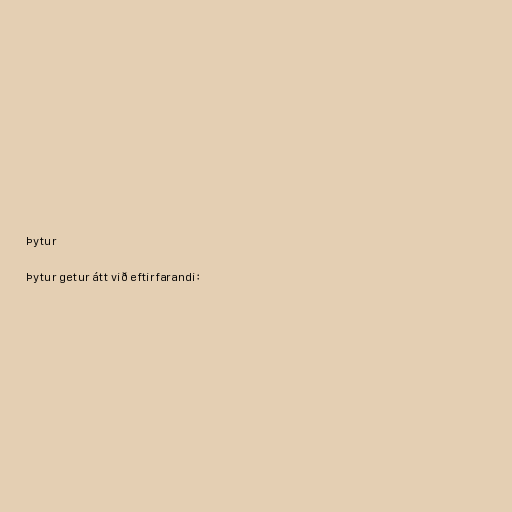
Þytur

Þytur getur átt við eftirfarandi: